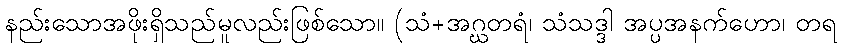
နည်းသောအဖိုးရှိသည်မူလည်းဖြစ်သော။ (သံ+အဂ္ဃတရံ၊ သံသဒ္ဒါ အပ္ပအနက်ဟော၊ တရ